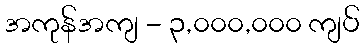
အကုန်အကျ - ၃,၀၀၀,၀၀၀ ကျပ်